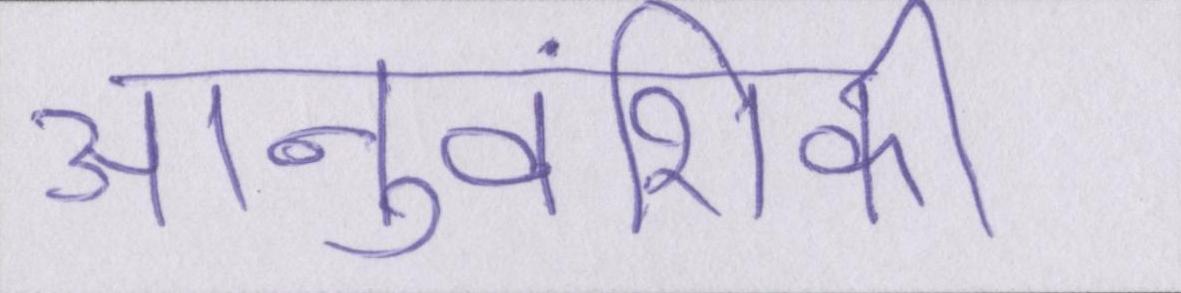
आनुवंशिकी